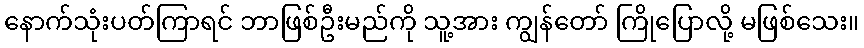
နောက်သုံးပတ်ကြာရင် ဘာဖြစ်ဦးမည်ကို သူ့အား ကျွန်တော် ကြိုပြောလို့ မဖြစ်သေး။